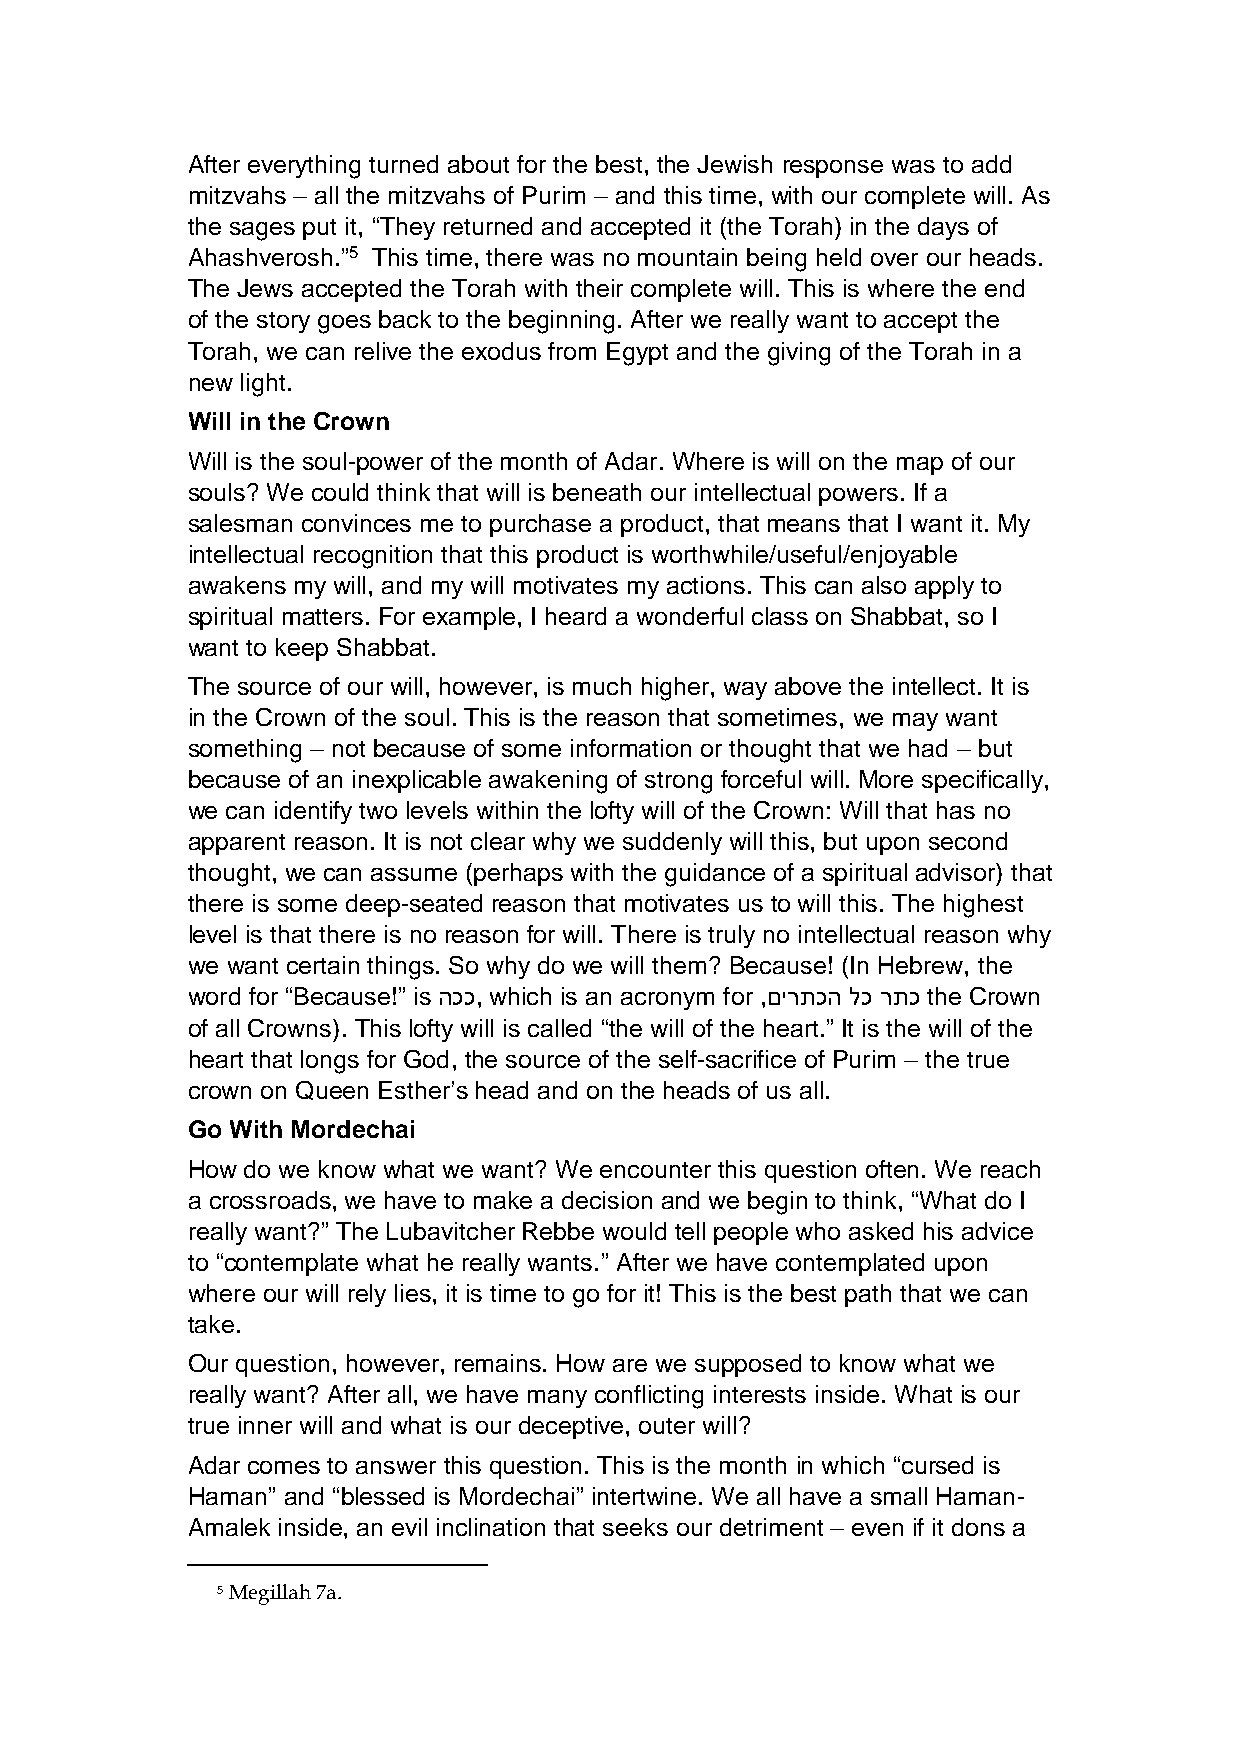
After everything turned about for the best, the Jewish response was to add
 mitzvahs – all the mitzvahs of Purim – and this time, with our complete will. As
 the sages put it, “They returned and accepted it (the Torah) in the days of
 Ahashverosh.”5 This time, there was no mountain being held over our heads.
 The Jews accepted the Torah with their complete will. This is where the end
 of the story goes back to the beginning. After we really want to accept the
 Torah, we can relive the exodus from Egypt and the giving of the Torah in a
 new light.
 Will in the Crown
 Will is the soul-power of the month of Adar. Where is will on the map of our
 souls? We could think that will is beneath our intellectual powers. If a
 salesman convinces me to purchase a product, that means that I want it. My
 intellectual recognition that this product is worthwhile/useful/enjoyable
 awakens my will, and my will motivates my actions. This can also apply to
 spiritual matters. For example, I heard a wonderful class on Shabbat, so I
 want to keep Shabbat.
 The source of our will, however, is much higher, way above the intellect. It is
 in the Crown of the soul. This is the reason that sometimes, we may want
 something – not because of some information or thought that we had – but
 because of an inexplicable awakening of strong forceful will. More specifically,
 we can identify two levels within the lofty will of the Crown: Will that has no
 apparent reason. It is not clear why we suddenly will this, but upon second
 thought, we can assume (perhaps with the guidance of a spiritual advisor) that
 there is some deep-seated reason that motivates us to will this. The highest
 level is that there is no reason for will. There is truly no intellectual reason why
 we want certain things. So why do we will them? Because! (In Hebrew, the
 word for “Because!” is הככ, which is an acronym for ,םירתכה לכ רתכ the Crown
 of all Crowns). This lofty will is called “the will of the heart.” It is the will of the
 heart that longs for God, the source of the self-sacrifice of Purim – the true
 crown on Queen Esther’s head and on the heads of us all.
 Go With Mordechai
 How do we know what we want? We encounter this question often. We reach
 a crossroads, we have to make a decision and we begin to think, “What do I
 really want?” The Lubavitcher Rebbe would tell people who asked his advice
 to “contemplate what he really wants.” After we have contemplated upon
 where our will rely lies, it is time to go for it! This is the best path that we can
 take.
 Our question, however, remains. How are we supposed to know what we
 really want? After all, we have many conflicting interests inside. What is our
 true inner will and what is our deceptive, outer will?
 Adar comes to answer this question. This is the month in which “cursed is
 Haman” and “blessed is Mordechai” intertwine. We all have a small Haman-
 Amalek inside, an evil inclination that seeks our detriment – even if it dons a
 5 Megillah 7a.